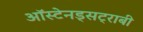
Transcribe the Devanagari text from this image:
ऑस्टेनड्सट्राबी